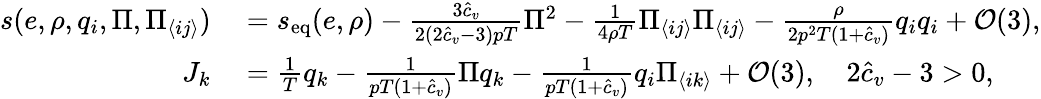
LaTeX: \begin{array}{rl}{s(e,\rho,q_{i},\Pi,\Pi_{\langle ij\rangle})}&{{}=s_{\textrm{eq}}(e,\rho)-\frac{3\hat{c}_{v}}{2(2\hat{c}_{v}-3)pT}\Pi^{2}-\frac{1}{4\rho T}\Pi_{\langle ij\rangle}\Pi_{\langle ij\rangle}-\frac{\rho}{2p^{2}T(1+\hat{c}_{v})}q_{i}q_{i}+\mathcal{O}(3),}\\ {J_{k}}&{{}=\frac{1}{T}q_{k}-\frac{1}{pT(1+\hat{c}_{v})}\Pi q_{k}-\frac{1}{pT(1+\hat{c}_{v})}q_{i}\Pi_{\langle ik\rangle}+\mathcal{O}(3),\quad 2\hat{c}_{v}-3>0,}\end{array}